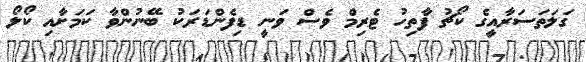
ގަލަތަސަރާއީގެ ކޯޗު ފާތިހު ޓެރިމް ވެސް ވަނީ ޑިފެންޑަރަކު ބޭނުންވާ ކަމަށާއި ކޯލޯ